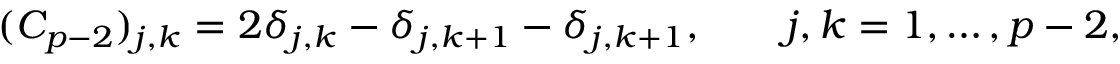
( C _ { p - 2 } ) _ { j , k } = 2 \delta _ { j , k } - \delta _ { j , k + 1 } - \delta _ { j , k + 1 } , \qquad j , k = 1 , \ldots , p - 2 ,